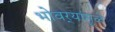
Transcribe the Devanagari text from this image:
भोवर्‍यांमुळे